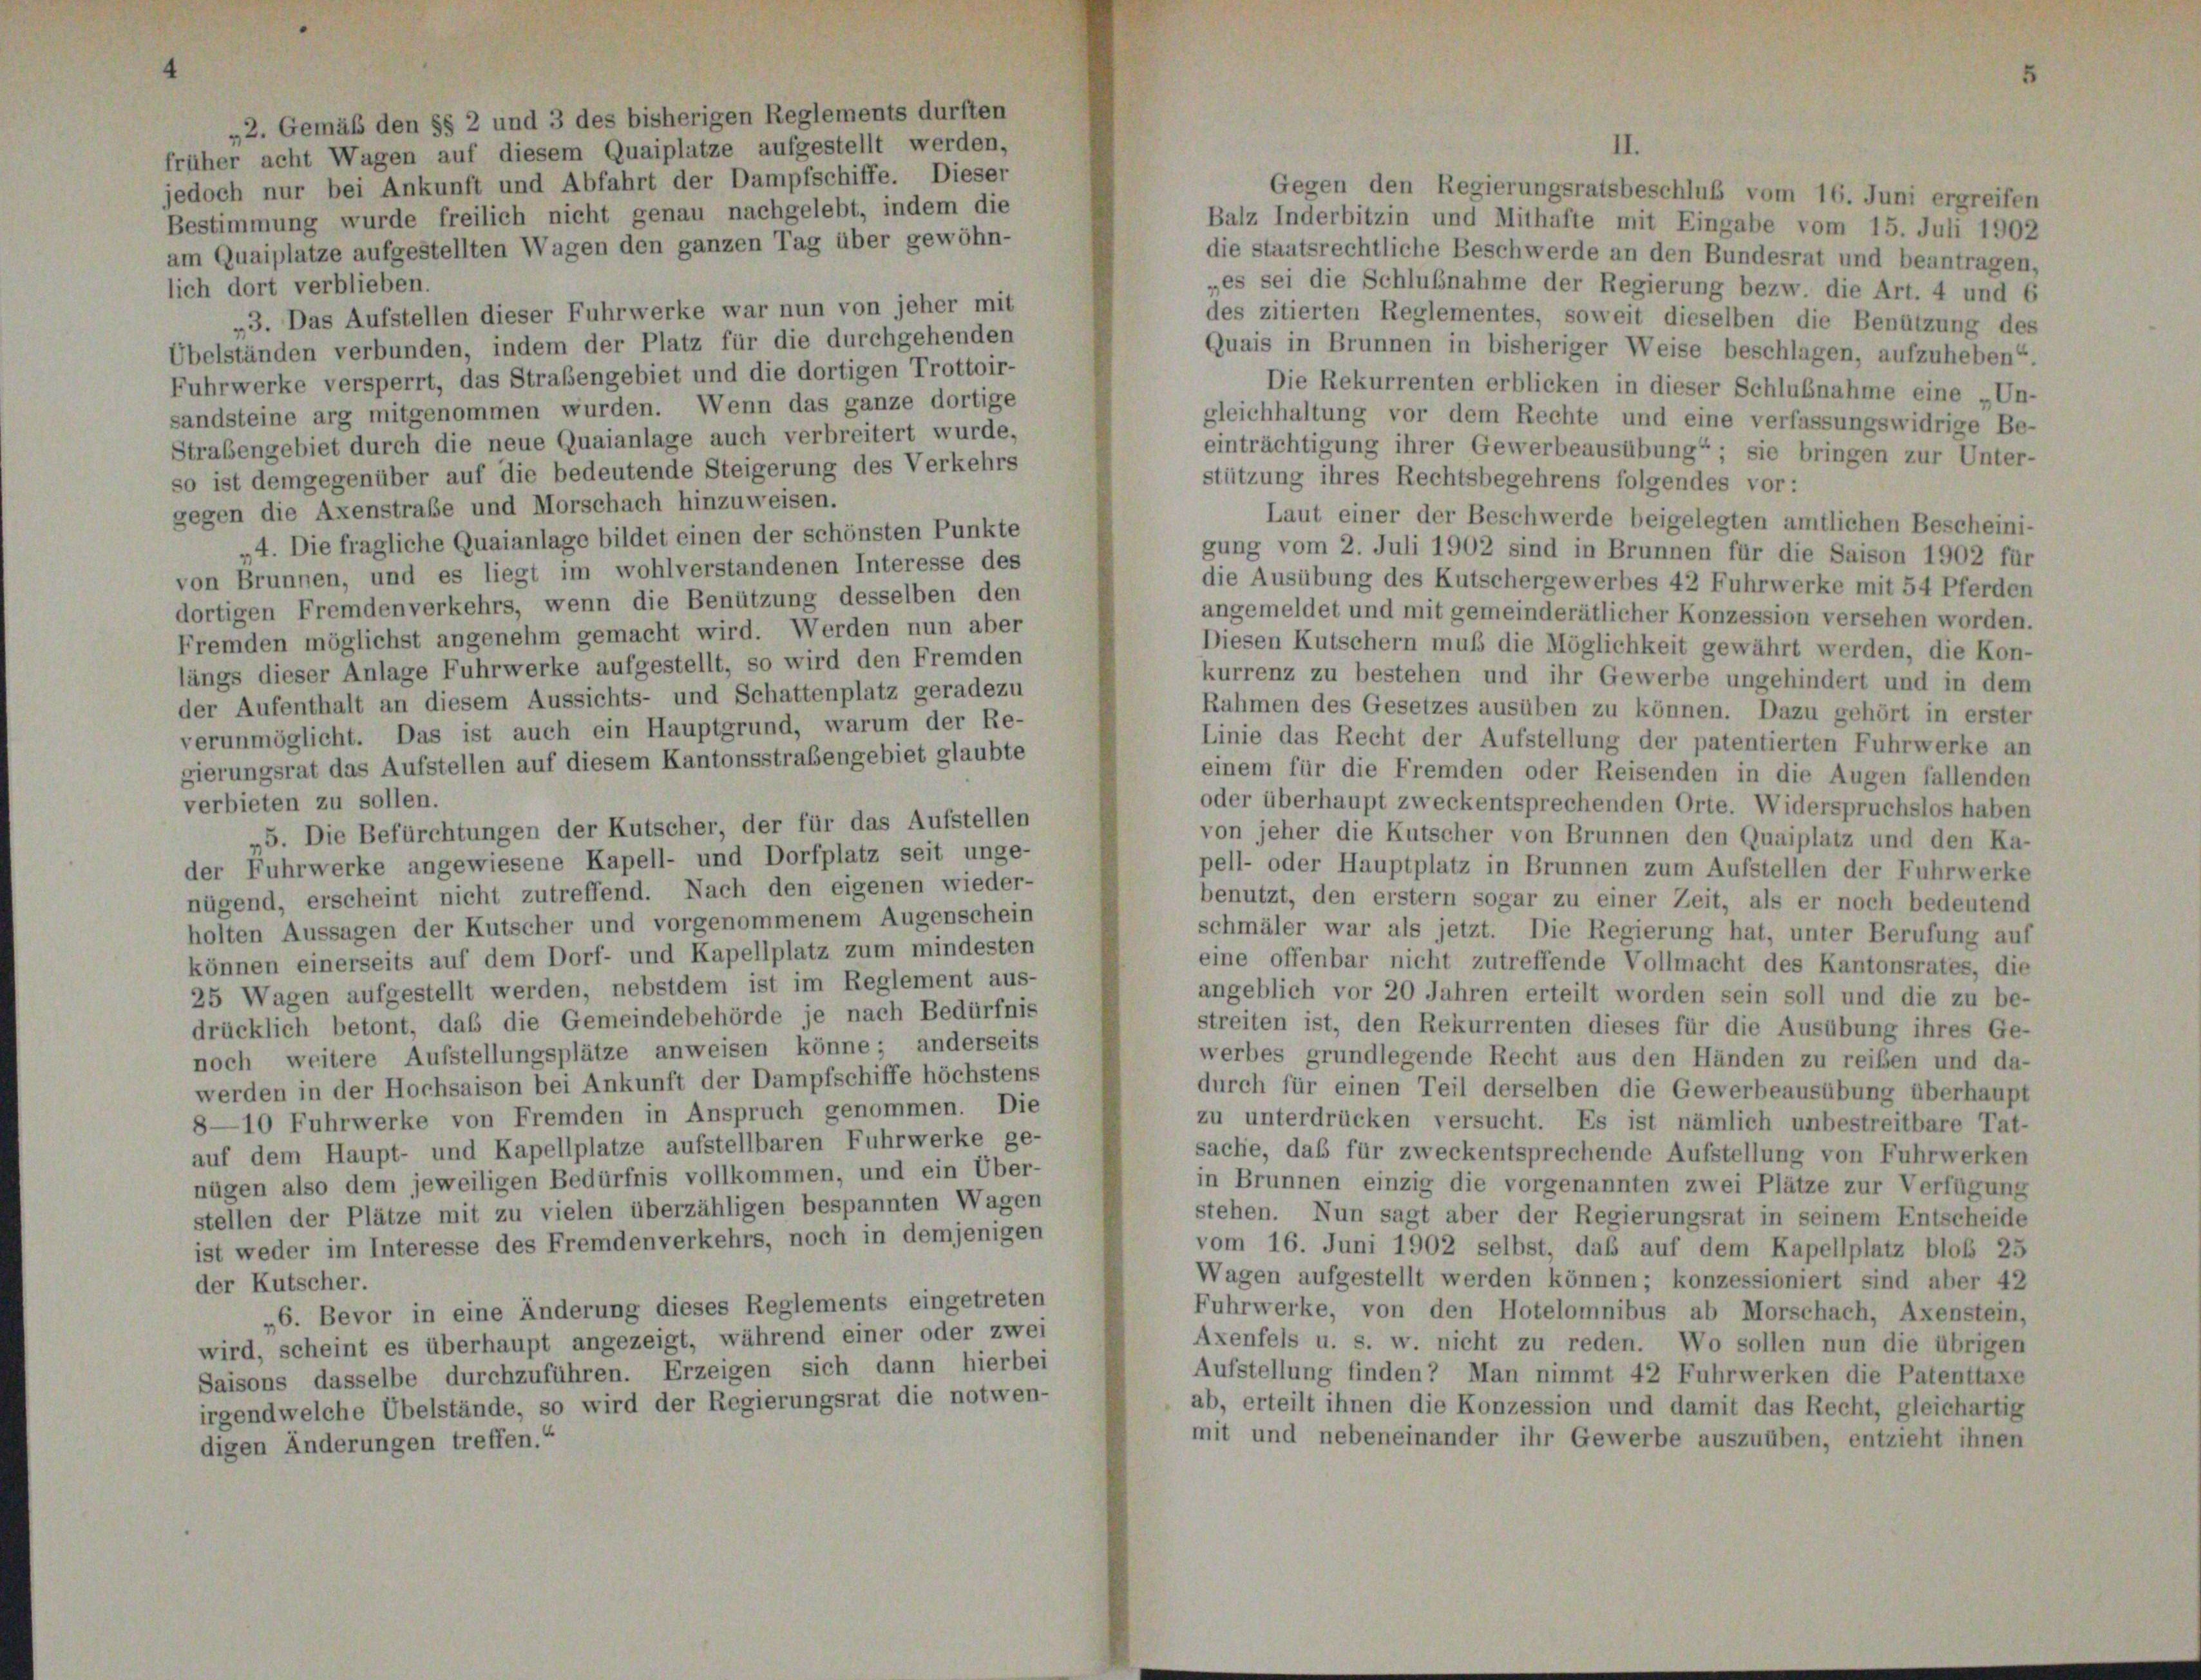
„2. Gemäß den §§ 2 und 3 des bisherigen Reglements durften
früher acht Wagen auf diesem Quaiplatze aufgestellt werden,
jedoch nur bei Ankunft und Abfahrt der Dampfschiffe. Dieser
Bestimmung wurde freilich nicht genau nachgelebt, indem die
am Quaiplatze aufgestellten Wagen den ganzen Tag über gewöhn-
lich dort verblieben.

II.
„es sei die Schlußnahme der Regierung bezw. die Art. 4 und 6
„3. Das Aufstellen dieser Fuhrwerke war nun von jeher mit
des zitierten Reglementes, soweit dieselben die Benützung des
Übelständen verbunden, indem der Platz für die durchgehenden
Quais in Brunnen in bisheriger Weise beschlagen, aufzuheben“
Fuhrwerke versperrt, das Straßengebiet und die dortigen Trottoir-
Die Rekurrenten erblicken in dieser Schlußnahme eine „Un-
sandsteine arg mitgenommen wurden. Wenn das ganze dortige
gleichhaltung vor dem Rechte und eine verfassungswidrige Be-
Strabengebiet durch die neue Quaianlage auch verbreitert wurde,
einträchtigung ihrer Gewerbeausübung“ ; sie bringen zur Unter-
so ist demgegenüber auf die bedeutende Steigerung des Verkehrs
stützung ihres Rechtsbegehrens folgendes vor:
gegen die Axenstraße und Morschach hinzuweisen.
Laut einer der Beschwerde beigelegten amtlichen Bescheini-
4. Die fragliche Quaianlage bildet einen der schönsten Punkte
gung vom 2. Juli 1902 sind in Brunnen für die Saison 1902 für
von Brunnen, und es liegt im wohlverstandenen Interesse des
die Ausübung des Kutschergewerbes 42 Fuhrwerke mit 54 Pferden
dortigen Fremdenverkehrs, wenn die Benützung desselben den
angemeldet und mit gemeinderätlicher Konzession versehen worden.
Fremden möglichst angenehm gemacht wird. Werden nun aber
Diesen Kutschern muß die Möglichkeit gewährt werden, die Kon-
längs dieser Anlage Fuhrwerke aufgestellt, so wird den Fremden
kurrenz zu bestehen und ihr Gewerbe ungehindert und in dem
der Aufenthalt an diesem Aussichts- und Schattenplatz geradezu
Rahmen des Gesetzes ausüben zu können. Dazu gehört in erster
verunmöglicht. Das ist auch ein Hauptgrund, warum der Re-
Linie das Recht der Aufstellung der patentierten Fuhrwerke an
gierungsrat das Aufstellen auf diesem Kantonsstrafengebiet glaubte
einem für die Fremden oder Reisenden in die Augen fallenden
verbieten zu sollen.
oder überhaupt zweckentsprechenden Orte. Widerspruchslos haben
5. Die Befürchtungen der Kutscher, der für das Aufstellen
von jeher die Kutscher von Brunnen den Quaiplatz und den Ka-
der Fuhrwerke angewiesene Kapell- und Dorfplatz seit unge-
pell- oder Hauptplatz in Brunnen zum Aufstellen der Fuhrwerke
nügend, erscheint nicht zutreffend. Nach den eigenen wieder-
benutzt, den erstem sogar zu einer Zeit, als er noch bedeutend
holten Aussagen der Kutscher und vorgenommenem Augenschein
schmäler war als jetzt. Die Regierung hat, unter Berufung auf
können einerseits auf dem Dorf- und Kapellplatz zum mindesten
eine offenbar nicht zutreffende Vollmacht des Kantonsrates, die
25 Wagen aufgestellt werden, nebstdem ist im Reglement aus-
angeblich vor 20 Jahren erteilt worden sein soll und die zu be-
drücklich betont, daß die Gemeindebehörde je nach Bedürfnis
streiten ist, den Rekurrenten dieses für die Ausübung ihres Ge-
noch weitere Aufstellungsplätze anweisen könne; anderseits
werbes grundlegende Recht aus den Händen zu reiben und da-
werden in der Hochsaison bei Ankunft der Dampfschiffe höchstens
durch für einen Teil derselben die Gewerbeausübung überhaupt
8—10 Fuhrwerke von Fremden in Anspruch genommen. Die
zu unterdrücken versucht. Es ist nämlich unbestreitbare Tat-
auf dem Haupt- und Kapellplatze aufstellbaren Fuhrwerke ge-
sache, daß für zweckentsprechende Aufstellung von Fuhrwerken
nügen also dem jeweiligen Bedürfnis vollkommen, und ein Über-
in Brunnen einzig die vorgenannten zwei Plätze zur Verfügung
stellen der Plätze mit zu vielen überzähligen bespannten Wagen
stehen. Nun sagt aber der Regierungsrat in seinem Entscheide
ist weder im Interesse des Fremdenverkehrs, noch in demjenigen
vom 16. Juni 1902 selbst, daß auf dem Kapellplatz bloß 25
Wagen aufgestellt werden können; konzessioniert sind aber 42
der Kutscher.
„6. Bevor in eine Änderung dieses Reglements eingetreten
Fuhrwerke, von den Hotelomnibus ab Morschach, Axenstein,
wird, scheint es überhaupt angezeigt, während einer oder zwei
Axenfels u. s. w. nicht zu reden. Wo sollen nun die übrigen
Saisons dasselbe durchzuführen. Erzeigen sich dann hierbei
Aufstellung finden? Man nimmt 42 Fuhrwerken die Patenttaxe
irgendwelche Übelstände, so wird der Regierungsrat die notwen-
ab, erteilt ihnen die Konzession und damit das Recht, gleichartig
mit und nebeneinander ihr Gewerbe auszuüben, entzieht ihnen
digen Änderungen treffen.“

Gegen den Regierungsratsbeschluß vom 16. Juni ergreifen
Balz Inderbitzin und Mithafte mit Eingabe vom 15. Juli 1902
die staatsrechtliche Beschwerde an den Bundesrat und beantragen,